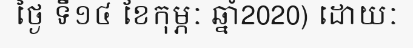
ថ្ងៃ ទី១៤ ខែកុម្ភៈ ឆ្នាំ2020) ដោយៈ